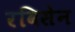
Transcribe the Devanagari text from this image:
रविसेन